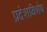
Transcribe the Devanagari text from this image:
प्रदेशविशेष